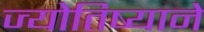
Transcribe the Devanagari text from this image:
ज्योतिष्याने